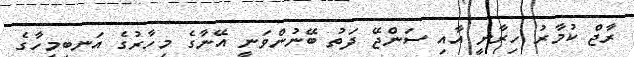
ރާޖް ކުމާރު ހިރާނީ އާއި ސަންޖޭ ދަތު ބޭނުންވަނީ އޭނާގެ މިހާރުގެ އަނބިމީހާގެ